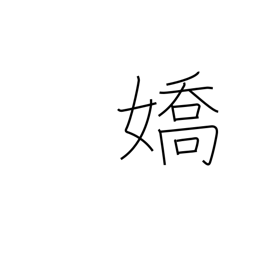
Meaning: attractive